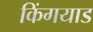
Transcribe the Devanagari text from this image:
किंगयाड